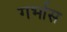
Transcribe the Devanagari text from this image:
गर्भास